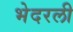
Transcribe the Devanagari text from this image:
भेदरली